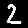
Digit: 2